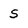
Character: 5